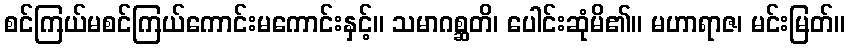
စင်ကြယ်မစင်ကြယ်ကောင်းမကောင်းနှင့်။ သမာဂစ္ဆတိ၊ ပေါင်းဆုံမိ၏။ မဟာရာဇ၊ မင်းမြတ်။